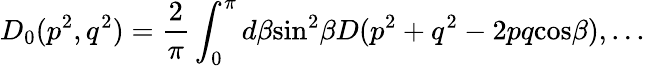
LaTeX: D_{0}(p^{2},q^{2})=\frac{2}{\pi}\int_{0}^{\pi}d\beta\mathrm{sin}^{2}\beta D(p^{2}+q^{2}-2pq\mathrm{cos}\beta),...